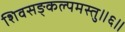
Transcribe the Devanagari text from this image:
शिवसङ्कल्पमस्तु॥६॥